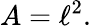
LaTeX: A=\ell^{2}.